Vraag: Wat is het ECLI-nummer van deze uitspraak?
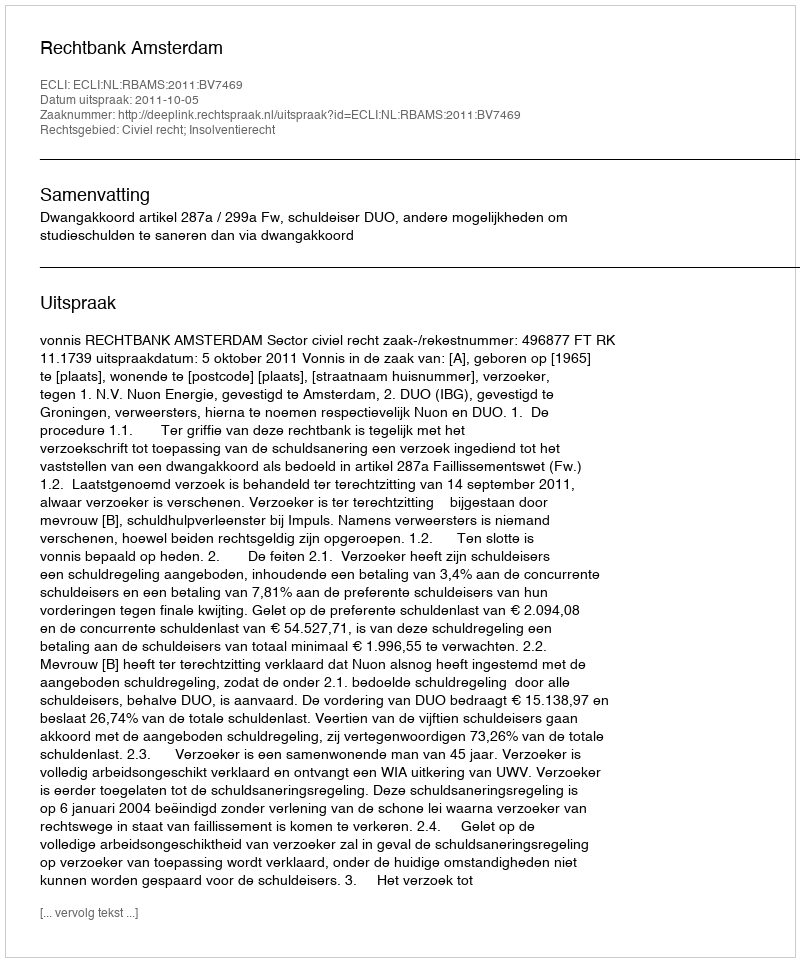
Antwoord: ECLI:NL:RBAMS:2011:BV7469